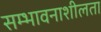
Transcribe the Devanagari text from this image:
सम्भावनाशीलता